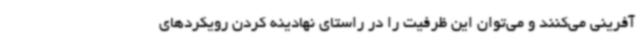
آفرینی می‌کنند و می‌توان این ظرفیت را در راستای نهادینه کردن رویکردهای